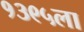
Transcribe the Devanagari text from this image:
१३९५ला